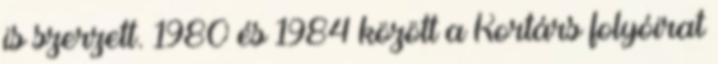
is szerzett. 1980 és 1984 között a Kortárs folyóirat